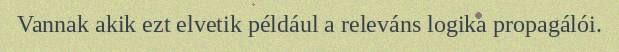
Vannak akik ezt elvetik például a releváns logika propagálói.